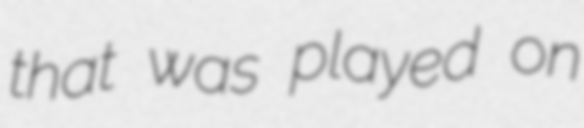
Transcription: that was played on